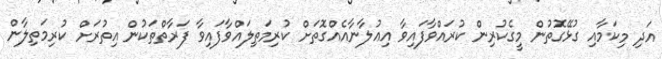
އަދި މިކަމާއި ގުޅޭގޮތުން މީގެކުރިން ކުރައްވާފައިވާ އިޢުލާނާއެއްގޮތަށް ކުރިމަތިލައްވާފައިވާ ފަރާތްތަކުން އިތުރަށް ކުރިމަތިލާން